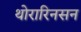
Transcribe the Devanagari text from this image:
थोरारिनसन